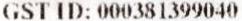
GST ID: 000381399040